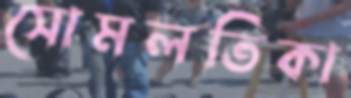
সোমলতিকা